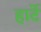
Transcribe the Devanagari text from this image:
हार्टे